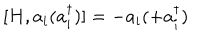
[ H , a _ { i } ( a _ { i } ^ { \dagger } ) ] = - a _ { i } ( + a _ { i } ^ { \dagger } )